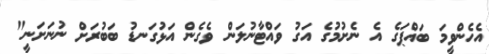
އެހެންވީމަ ބައްޕަގެ އެ ނެށުމުގެ އަގު ވައްޓާނުލަން ވެގެން އަޅުގަނޑު ބަބުރަށް ނުނަށަނީ"